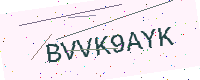
Text: BVVK9AYK